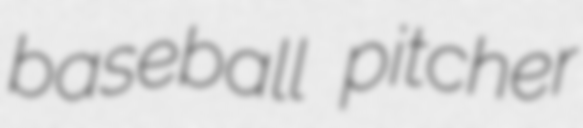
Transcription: baseball pitcher